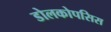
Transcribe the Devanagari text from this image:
डोलकोपसिस